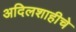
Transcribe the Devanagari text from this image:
अदिलशाहीचे